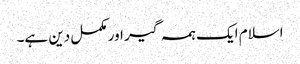
اسلام ایک ہمہ گیر اور مکمل دین ہے۔